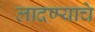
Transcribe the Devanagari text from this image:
लादण्याचे